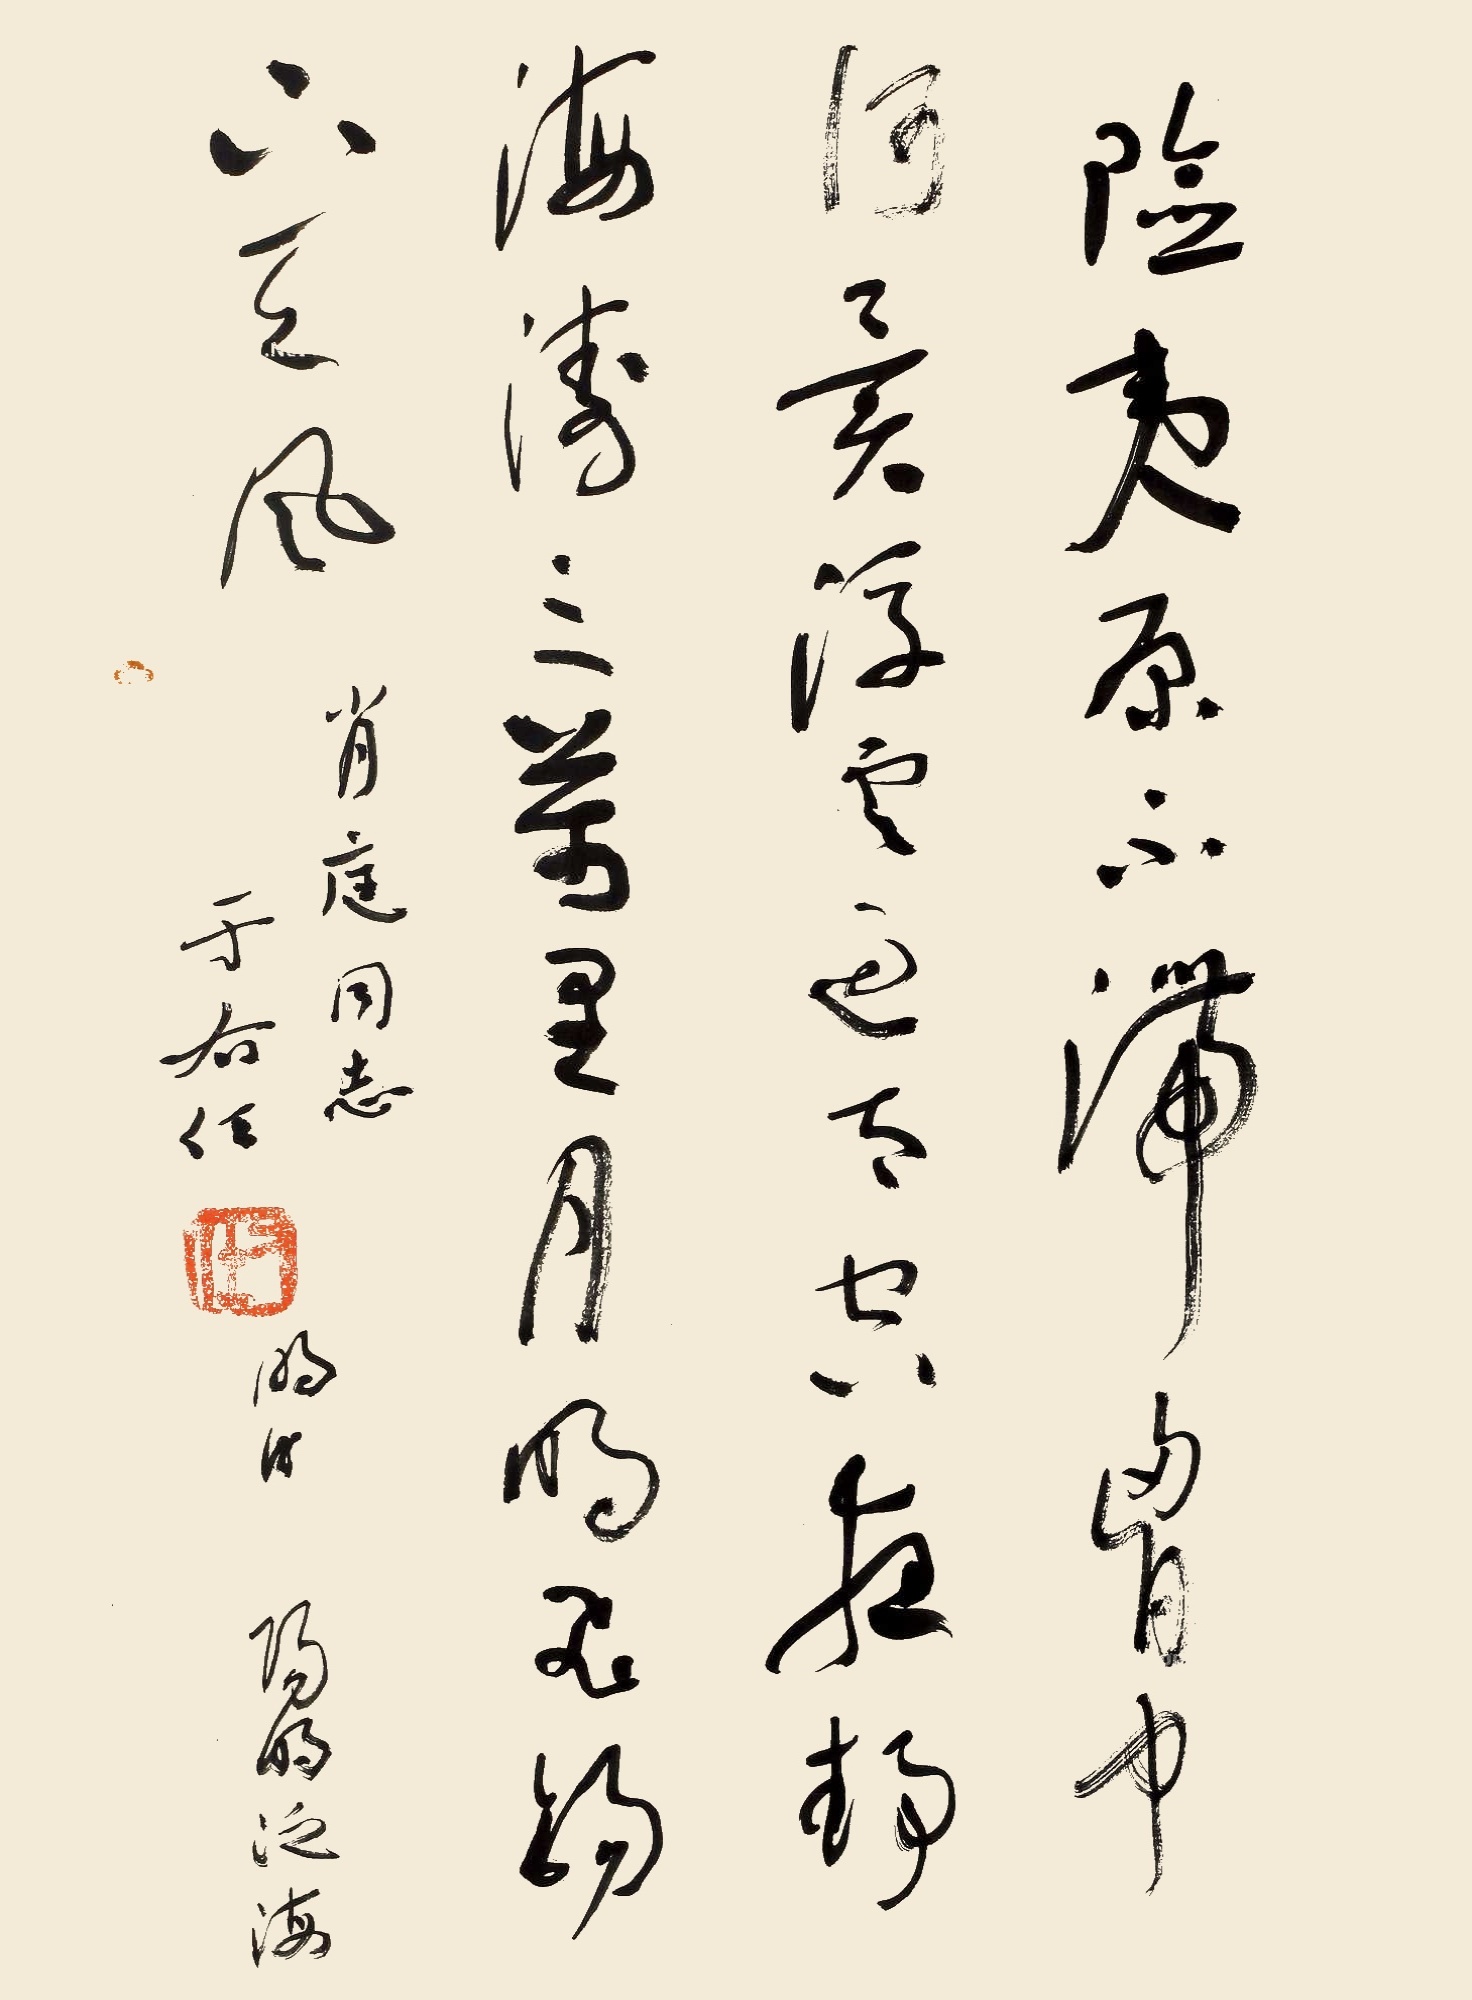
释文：险夷原不滞胸中，何异浮云过太空。夜静海涛三万里，月明飞锡下天风。肖庭同志，于右任，阳明《泛海》。